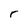
Character: r